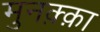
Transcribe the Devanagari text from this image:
मुनक़्क़ा